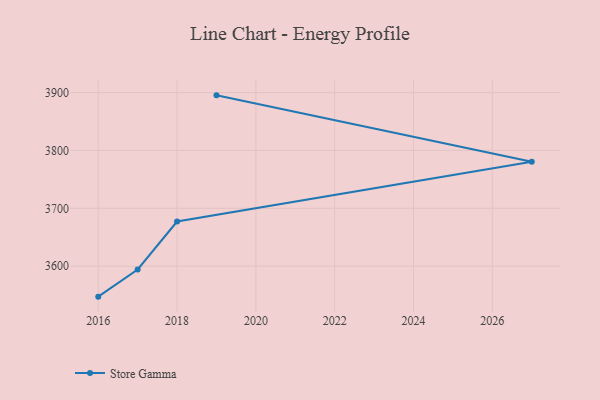
{"axis": {"x": "Year", "y": "Budget (USD K)"}, "legend": ["Store Gamma"], "data": [{"x": "2019", "y": 3895.2, "type": "Store Gamma"}, {"x": "2027", "y": 3780.6, "type": "Store Gamma"}, {"x": "2018", "y": 3677.2, "type": "Store Gamma"}, {"x": "2017", "y": 3594.4, "type": "Store Gamma"}, {"x": "2016", "y": 3547.4, "type": "Store Gamma"}]}